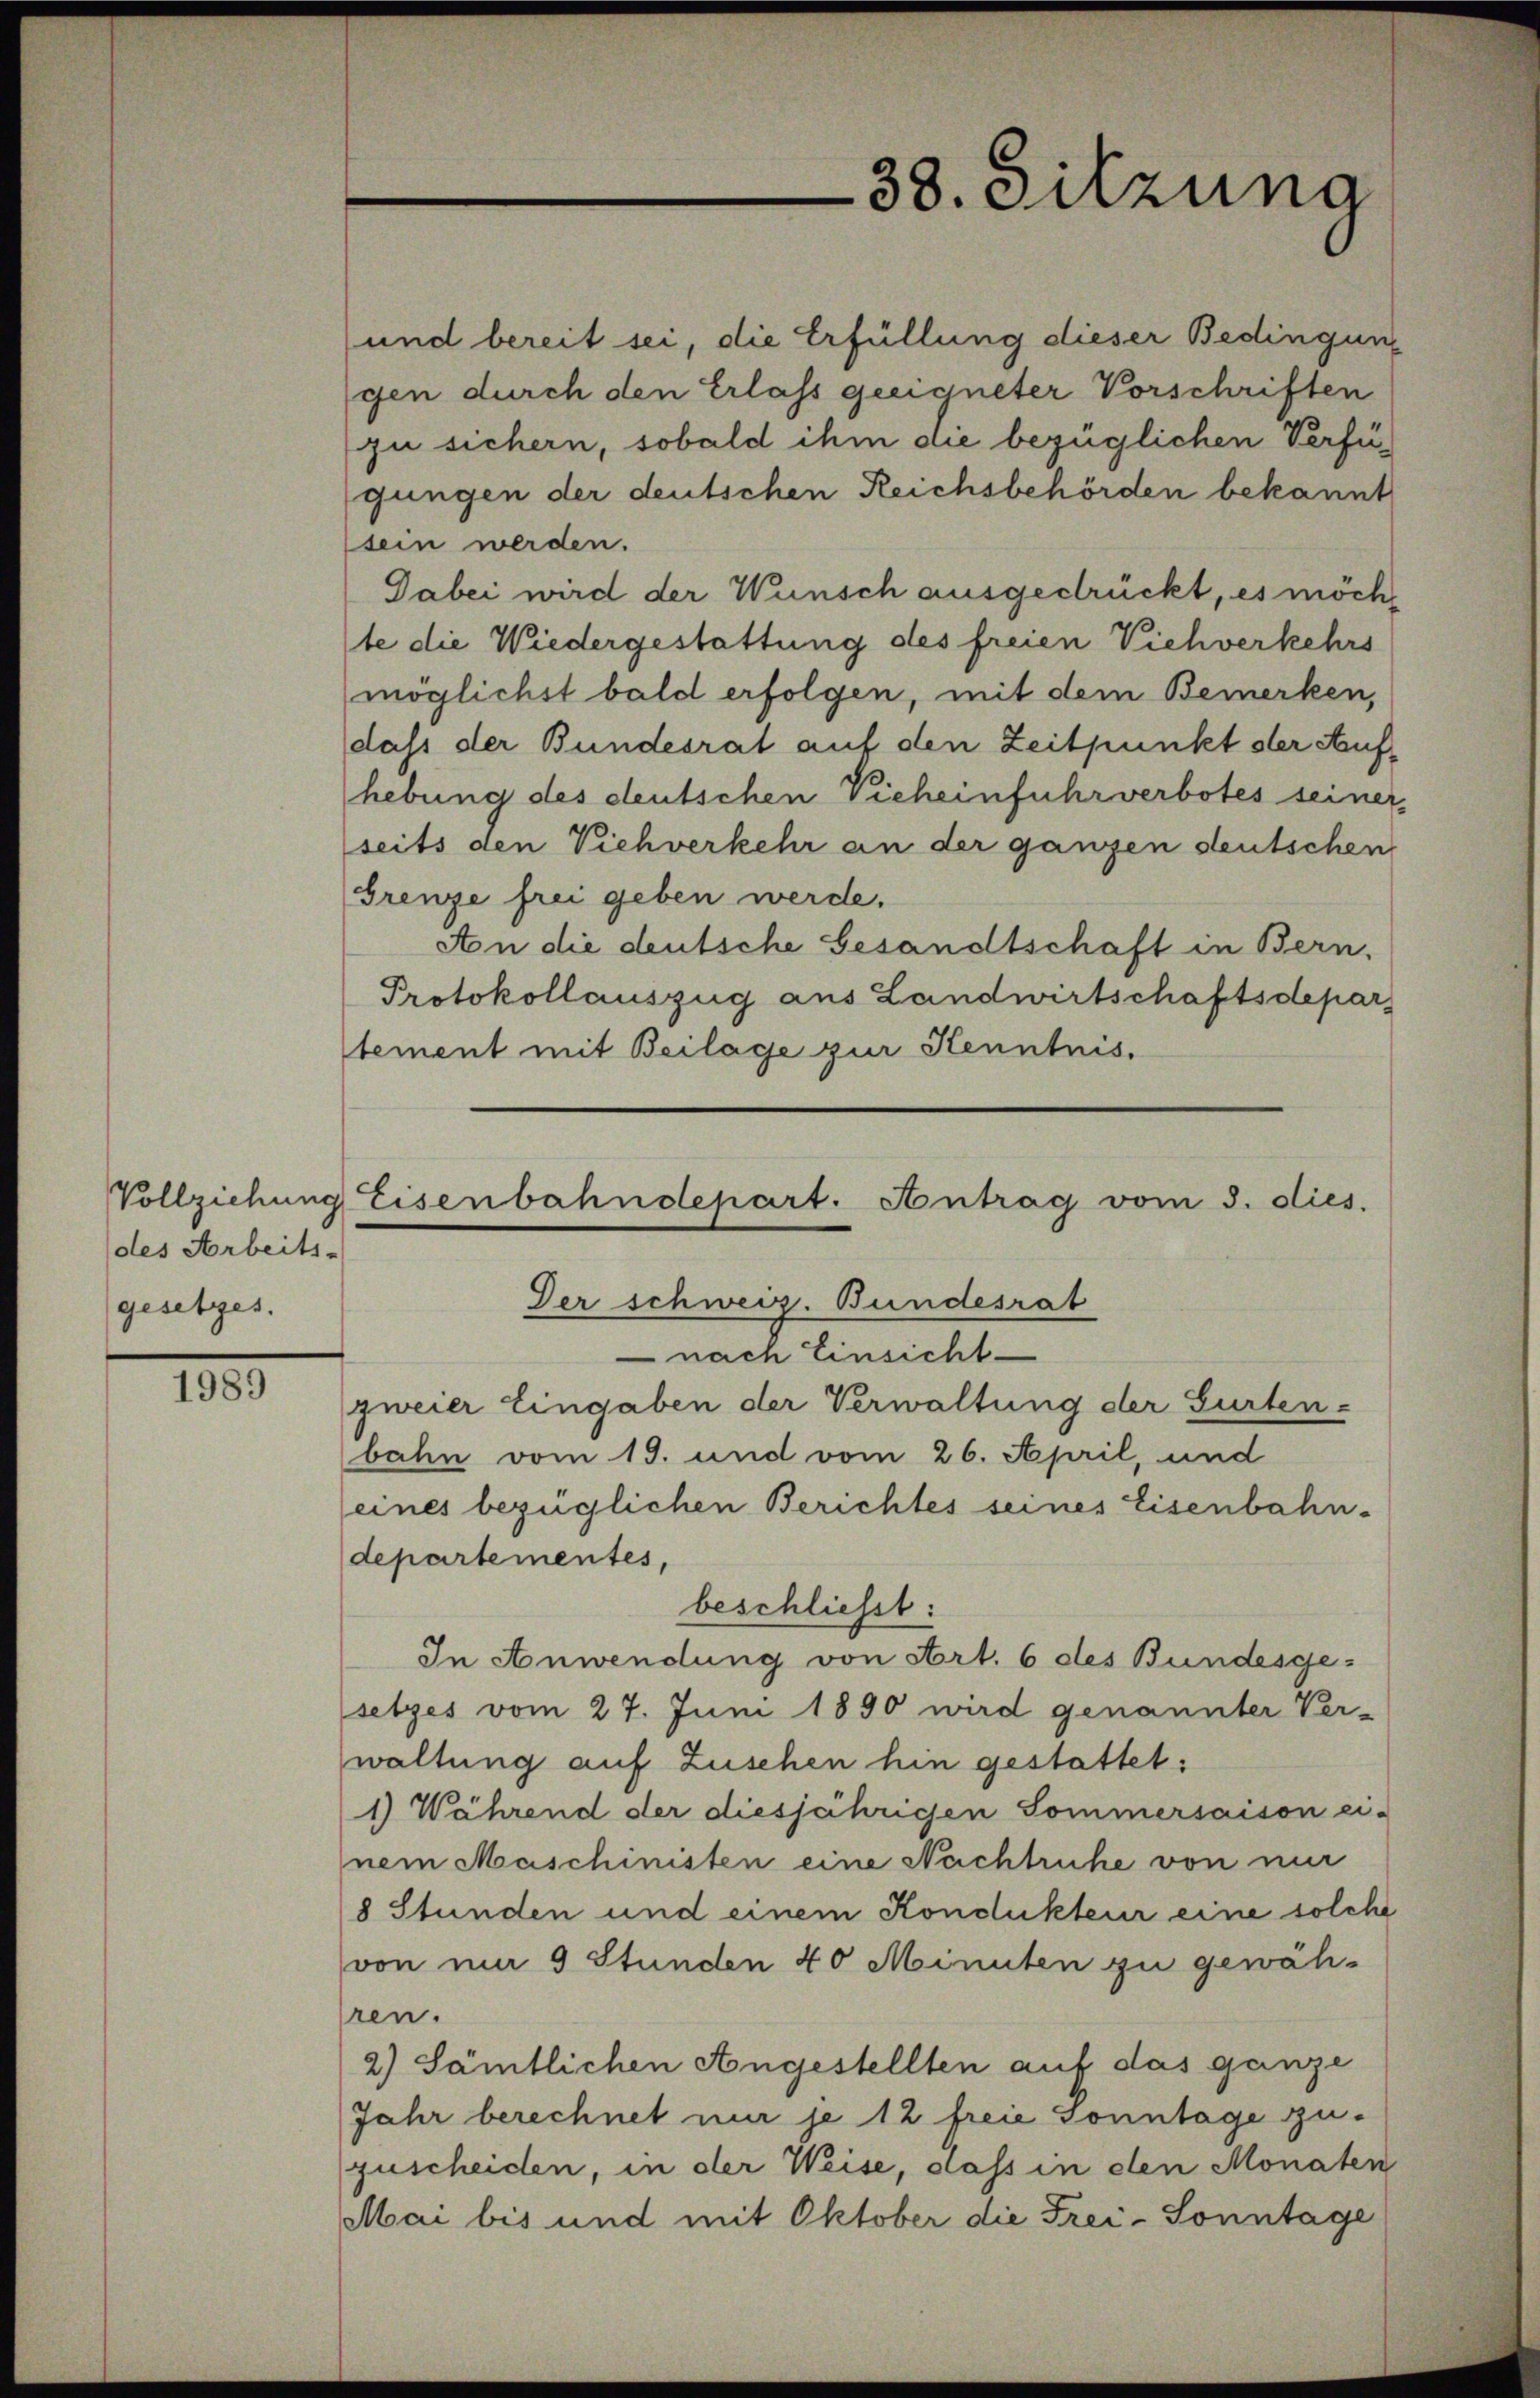
(des Arbeits-
gesetzes.

1989

38. Sitzung

Vollziehung Eisenbahndepart. Antrag vom 3. dies.
Der schweiz. Bundesrat
 nach Einsicht
zweier Eingaben der Verwaltung der Gurten-

und bereit sei, die Erfüllung dieser Bedingung
gen durch den Erlass geeigneter Vorschriften
(zu sichern, sobald ihm die bezüglichen Verfügungen der deutschen Reichsbehörden bekannt
sein werden.
Dabei wird der Wunsch ausgedrückt, es möcht
te die Wiedergestattung des freien Viehverkehrs
möglichst bald erfolgen, mit dem Bemerken,
dass der Bundesrat auf den Zeitpunkt der Aufhebung des deutschen Vieheinfuhrverbotes seinerseits den Viehverkehr an der ganzen deutschen
Grenze frei geben werde.
An die deutsche Gesandtschaft in Bern,
Protokollauszug aus Landwirtschaftsdepar
tement mit Beilage zur Kenntnis.

bahn vom 19. und vom 26. April, und
eines bezüglichen Berichtes seines Eisenbahn-
departementes,
beschliesst:
In Anwendung von Art. 6 des Bundesgesetzes vom 27. Juni 1890 wird genannter Ver-
waltung auf Zuschen hin gestattet:
1) Während der diesjährigen Sommersaison ei-
nem Maschinisten eine Nachtruhe von mir
8 Stunden und einem Kondukteur eine solche
von um 9 Stunden 40 Minuten zu gewähren.
2.) Sämtlichen Angestellten auf das ganze
Jahr berechnet mir je 12 freie Sonntage zuzuscheiden, in der Weise, dass in den Monaten
Mai bis und mit Oktober die Frei-Sonntage